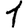
Digit: 1